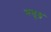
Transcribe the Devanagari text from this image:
मसूड